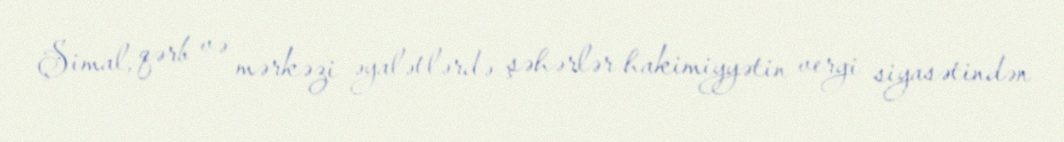
Şimal, qərb və mərkəzi əyalətlərdə şəhərlər hakimiyyətin vergi siyasətindən